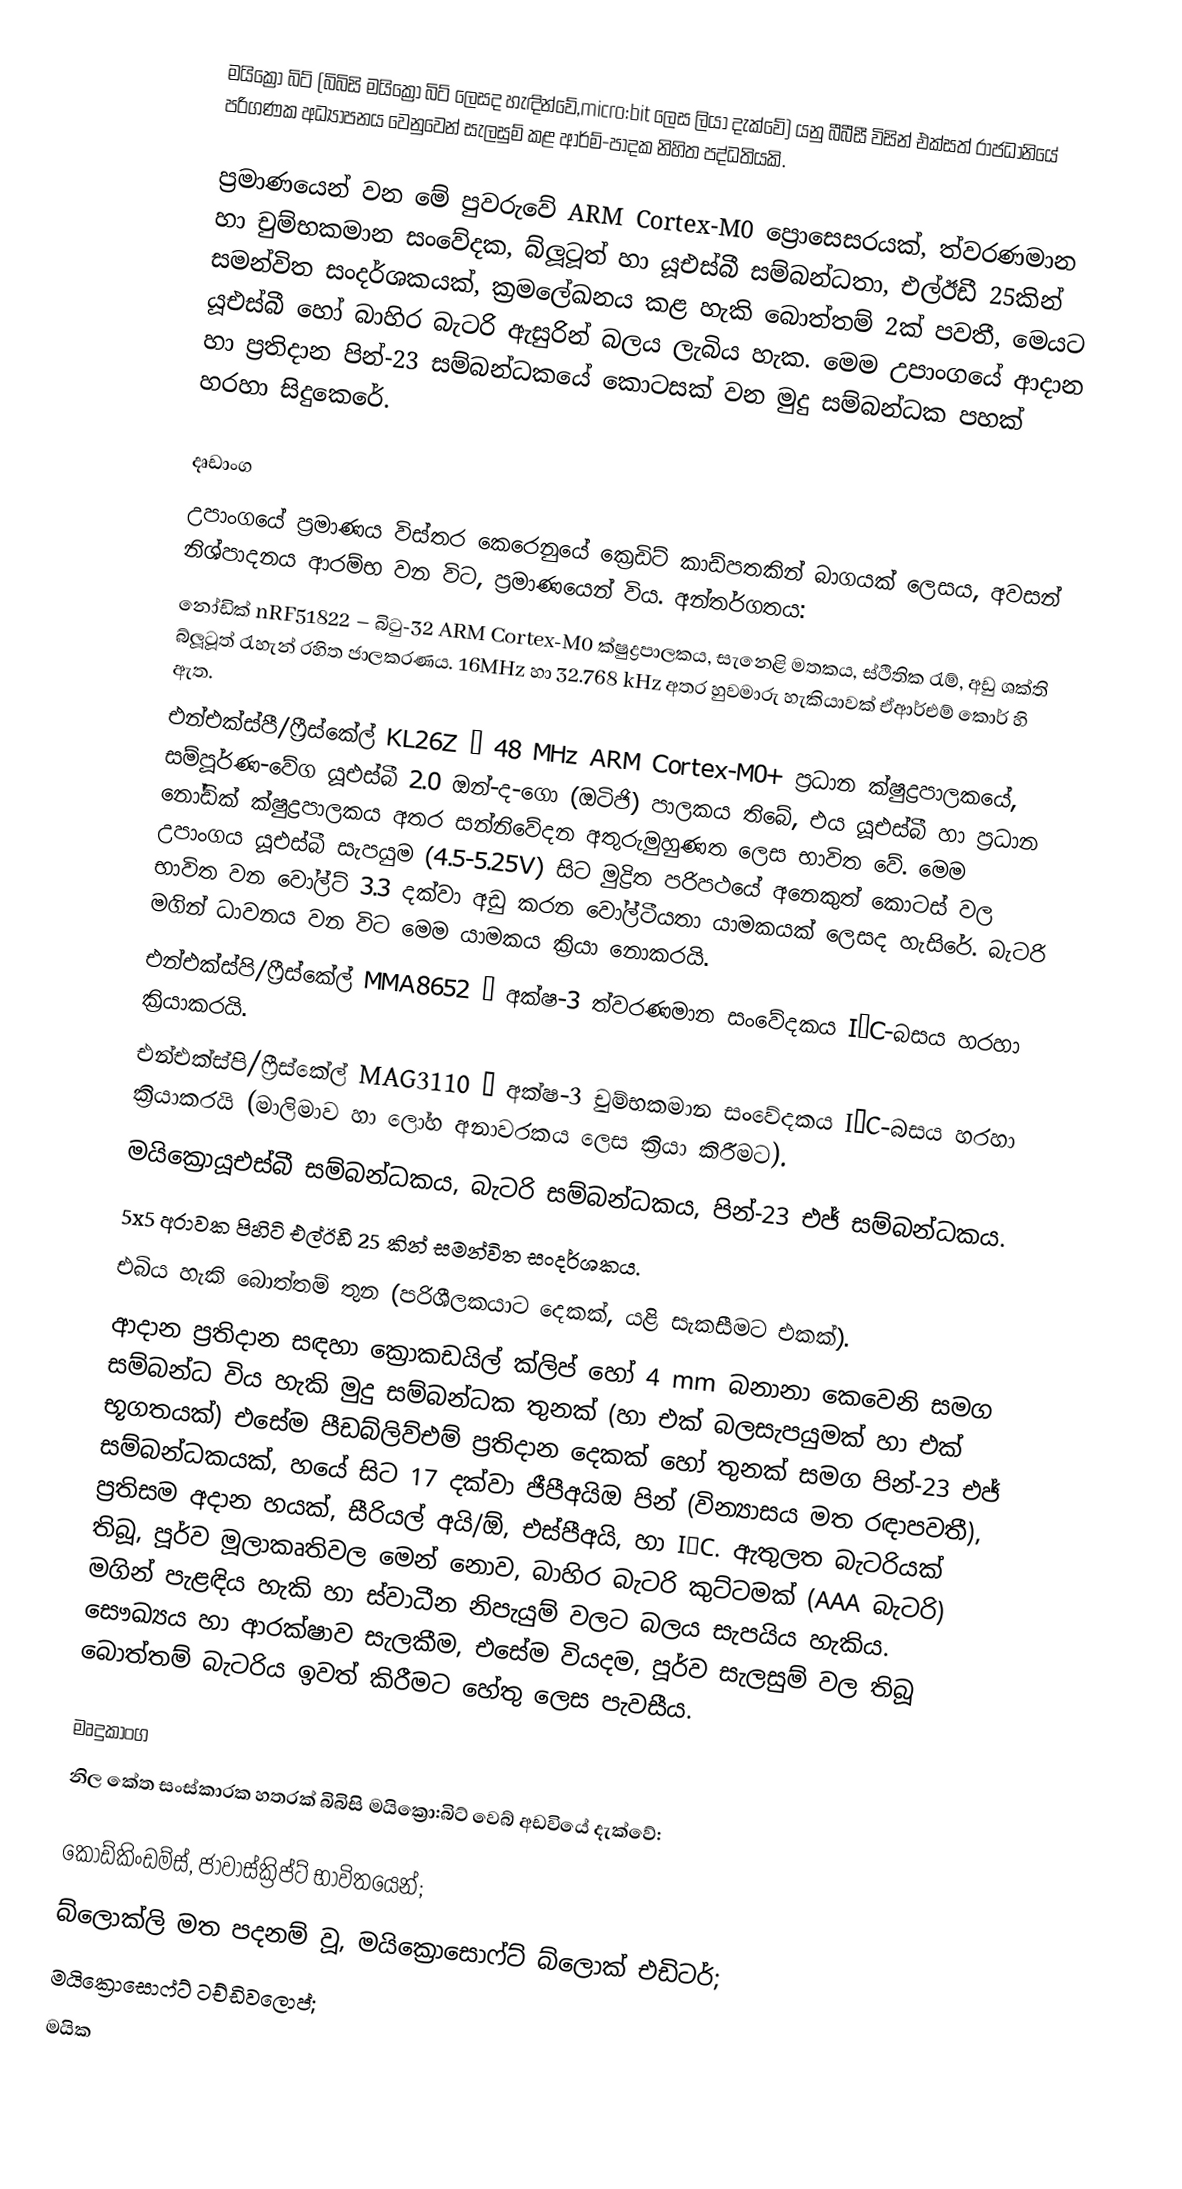
මයික්‍රෝ බිට් (බිබිසි මයික්‍රො බිට් ලෙසද හැඳින්වේ,micro:bit ලෙස ලියා දැක්වේ) යනු බීබීසී විසින් එක්සත් රාජධානියේ පරිගණක අධ්‍යාපනය වෙනුවෙන් සැලසුම් කළ ආර්ම්-පාදක නිහිත පද්ධතියකි.

ප්‍රමාණයෙන්  වන මේ පුවරුවේ ARM Cortex-M0 ප්‍රොසෙසරයක්, ත්වරණමාන හා චුම්භකමාන සංවේදක, බ්ලූටූත් හා යූඑස්බී සම්බන්ධතා, එල්ඊඩී 25කින් සමන්විත සංදර්ශකයක්, ක්‍රමලේඛනය කළ හැකි බොත්තම් 2ක් පවතී, මෙයට යූඑස්බී හෝ බාහිර බැටරි ඇසුරින් බලය ලැබිය හැක. මෙම උපාංගයේ ආදාන හා ප්‍රතිදාන පින්-23 සම්බන්ධකයේ කොටසක් වන මුදු සම්බන්ධක පහක් හරහා සිදුකෙරේ.

දෘඩාංග
උපාංගයේ ප්‍රමාණය විස්තර කෙරෙනුයේ ක්‍රෙඩිට් කාඩ්පතකින් බාගයක් ලෙසය, අවසන් නිශ්පාදනය ආරම්භ වන විට, ප්‍රමාණයෙන්  විය. අන්තර්ගතය:
 නෝඩික් nRF51822 –  බිටු-32 ARM Cortex-M0 ක්ෂුද්‍රපාලකය,  සැනෙළි මතකය,  ස්ථිතික රැම්,  අඩු ශක්ති බ්ලූටූත් රැහැන් රහිත ජාලකරණය. 16MHz හා 32.768 kHz අතර හුවමාරු හැකියාවක් ඒආර්එම් කොර් හි ඇත.
 එන්එක්ස්පී/ෆ්‍රීස්කේල් KL26Z – 48 MHz ARM Cortex-M0+ ප්‍රධාන ක්ෂුද්‍රපාලකයේ, සම්පූර්ණ-වේග යූඑස්බී 2.0 ඔන්-ද-ගො (ඔටිජි) පාලකය තිබේ, එය යූඑස්බී හා ප්‍රධාන නෝඩික් ක්ෂුද්‍රපාලකය අතර සන්නිවේදන අතුරුමුහුණත ලෙස භාවිත වේ. මෙම උපාංගය යූඑස්බී සැපයුම (4.5-5.25V) සිට මුද්‍රිත පරිපථයේ අනෙකුත් කොටස් වල භාවිත වන වෝල්ට් 3.3 දක්වා අඩු කරන වෝල්ටීයතා යාමකයක් ලෙසද හැසිරේ. බැටරි මගින් ධාවනය වන විට මෙම යාමකය ක්‍රියා නොකරයි.
 එන්එක්ස්පි/ෆ්‍රීස්කේල් MMA8652 – අක්ෂ-3 ත්වරණමාන සංවේදකය I²C-බසය හරහා ක්‍රියාකරයි.
 එන්එක්ස්පි/ෆ්‍රීස්කේල් MAG3110 – අක්ෂ-3 චුම්භකමාන සංවේදකය I²C-බසය හරහා ක්‍රියාකරයි (මාලිමාව හා ලෝහ අනාවරකය ලෙස ක්‍රියා කිරීමට).
 මයික්‍රොයූඑස්බී සම්බන්ධකය, බැටරි සම්බන්ධකය, පින්-23 එජ් සම්බන්ධකය.
 5x5 අරාවක පිහිටි එල්ඊඩී 25 කින් සමන්විත සංදර්ශකය.
 එබිය හැකි බොත්තම් තුන (පරිශීලකයාට දෙකක්, යළි සැකසීමට එකක්).
ආදාන ප්‍රතිදාන සඳහා ක්‍රොකඩයිල් ක්ලිප් හෝ  4 mm බනානා කෙවෙනි සමග සම්බන්ධ විය හැකි මුදු සම්බන්ධක තුනක් (හා එක් බලසැපයුමක් හා එක් භූගතයක්) එසේම පීඩබ්ලිව්එම් ප්‍රතිදාන දෙකක් හෝ තුනක් සමග පින්-23 එජ් සම්බන්ධකයක්, හයේ සිට 17 දක්වා ජීපීඅයිඔ පින් (වින්‍යාසය මත රඳාපවතී), ප්‍රතිසම අදාන හයක්, සීරියල් අයි/ඕ, එස්පීඅයි, හා I²C. ඇතුලත බැටරියක් තිබූ, පූර්ව මූලාකෘතිවල මෙන් නොව, බාහිර බැටරි කුට්ටමක් (AAA බැටරි) මගින් පැළඳිය හැකි හා ස්වාධීන නිපැයුම් වලට බලය සැපයිය හැකිය. සෞඛ්‍යය හා ආරක්ෂාව සැලකීම, එසේම වියදම, පූර්ව සැලසුම් වල තිබූ බොත්තම් බැටරිය ඉවත් කිරීමට හේතු ලෙස පැවසීය.

මෘදුකාංග
නිල කේත සංස්කාරක හතරක් බිබිසි මයික්‍රො:බිට් වෙබ් අඩවියේ දැක්වේ:

 කෝඩ්කිංඩම්ස්, ජාවාස්ක්‍රිප්ට් භාවිතයෙන්;
 බ්ලොක්ලි මත පදනම් වූ, මයික්‍රොසොෆ්ට් බ්ලොක් එඩිටර්;
 මයික්‍රොසොෆ්ට් ටච්ඩිවලොප්;
 මයික